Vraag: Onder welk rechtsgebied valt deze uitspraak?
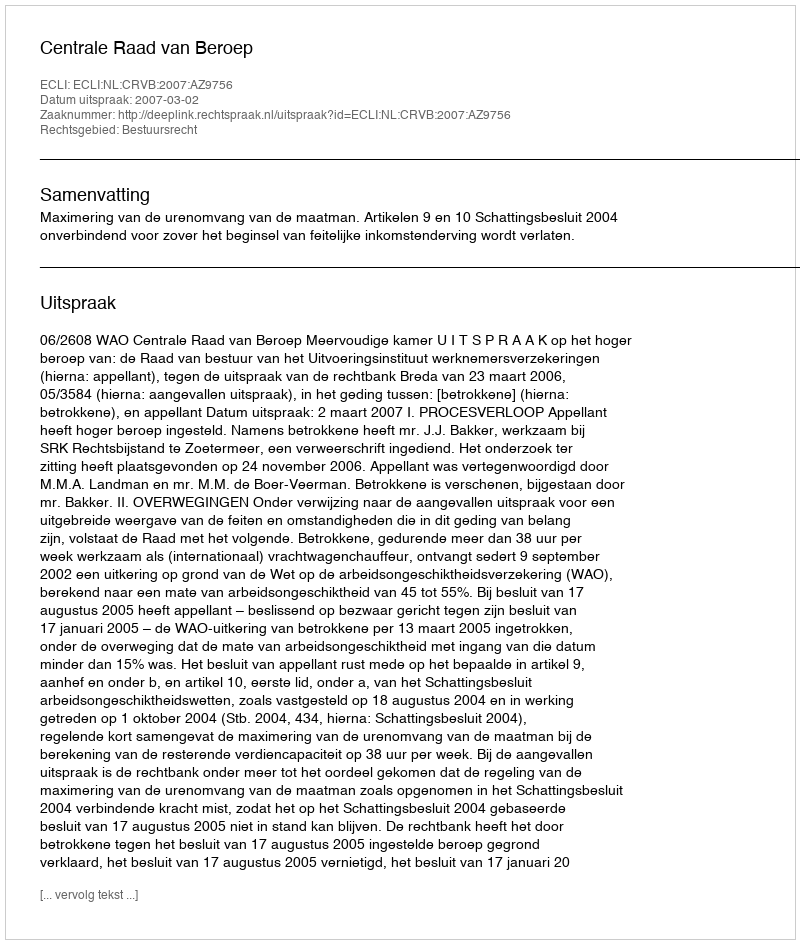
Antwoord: Bestuursrecht